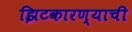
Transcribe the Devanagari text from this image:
झिटकारण्याची